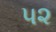
પ૨